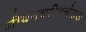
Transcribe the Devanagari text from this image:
जीवनचरितलेखक